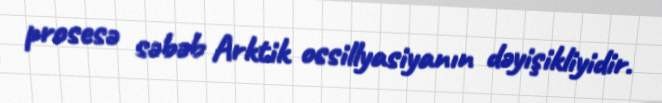
prosesə səbəb Arktik ossillyasiyanın dəyişikliyidir.